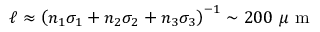
\begin{array} { r } { \ell \approx \left( n _ { 1 } \sigma _ { 1 } + n _ { 2 } \sigma _ { 2 } + n _ { 3 } \sigma _ { 3 } \right) ^ { - 1 } \sim 2 0 0 ~ \mu \mathrm { ~ m ~ } } \end{array}